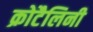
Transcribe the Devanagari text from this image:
क्रोटैलिनी